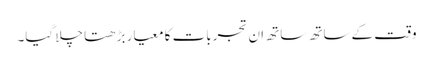
وقت کے ساتھ ساتھ ان تجربات کا معیار بڑھتا چلا گیا۔